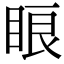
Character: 䀶